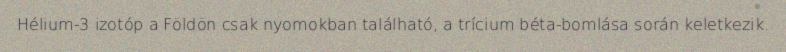
Hélium-3 izotóp a Földön csak nyomokban található, a trícium béta-bomlása során keletkezik.